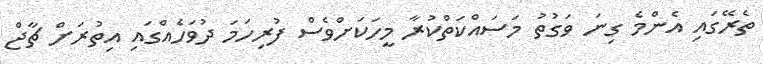
ތެރޭގައި އެންމެ ގިނަ ވަގުތު މަސައްކަތްކުރާ މީހަކަށްވެސް ފުރިހަމަ ދުވަހެއްގައި އިތުރަށް ޗާޖް